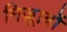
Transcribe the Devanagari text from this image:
मिज़्राबों